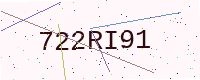
Text: 722RI91